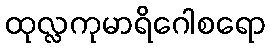
ထုလ္လကုမာရိဂေါစရော